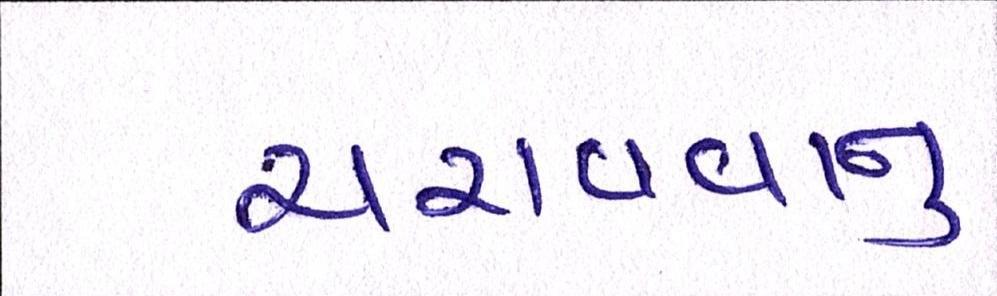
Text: ચરાવવાનુ